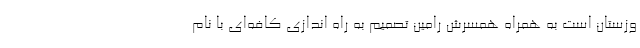
وزستان است به همراه همسرش رامین تصمیم به راه اندازی کافه‌ای با نام